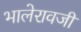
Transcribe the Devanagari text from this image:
भालेरावजी